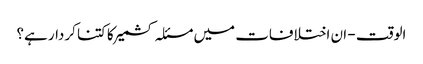
الوقت - ان اختلافات میں مسئلہ کشمیر کا کتنا کردار ہے؟